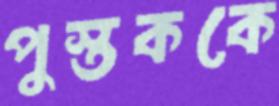
পুস্তককে